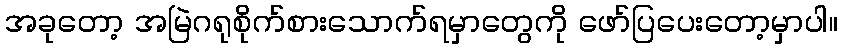
အခုတော့ အမြဲဂရုစိုက်စားသောက်ရမှာတွေကို ဖော်ပြပေးတော့မှာပါ။